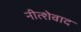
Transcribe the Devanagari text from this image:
नीत्शेवाद